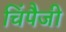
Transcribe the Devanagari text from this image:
चिंपैजी